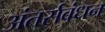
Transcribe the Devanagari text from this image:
अंतर्सबंधन